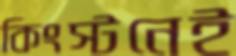
কিংস্টনেই